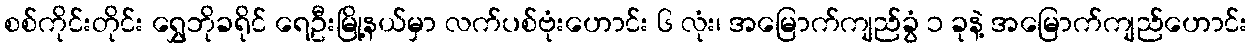
စစ်ကိုင်းတိုင်း ရွှေဘိုခရိုင် ရေဦးမြို့နယ်မှာ လက်ပစ်ဗုံးဟောင်း ၆ လုံး၊ အမြောက်ကျည်ခွံ ၁ ခုနဲ့ အမြောက်ကျည်ဟောင်း